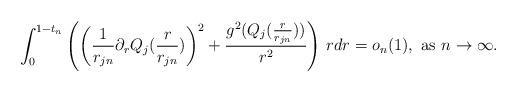
LaTeX: \begin{align*}\int_0^{1-t_n}\left(\left(\frac{1}{r_{jn}}\partial_rQ_j(\frac{r}{r_{jn}})\right)^2+\frac{g^2(Q_j(\frac{r}{r_{jn}}))}{r^2}\right)\,rdr=o_n(1),\,\,{\rm as}\,\,n\to\infty.\end{align*}